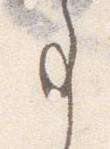
事